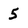
Character: 5